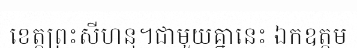
ខេត្តព្រះសីហនុ។ជាមួយគ្នានេះ ឯកឧត្តម